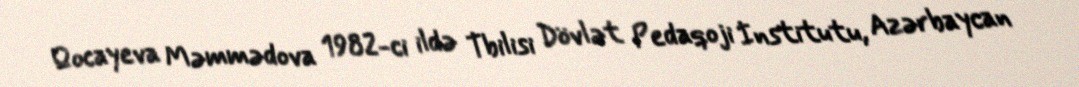
Qocayeva Məmmədova 1982-ci ildə Tbilisi Dövlət Pedaqoji İnstitutu, Azərbaycan